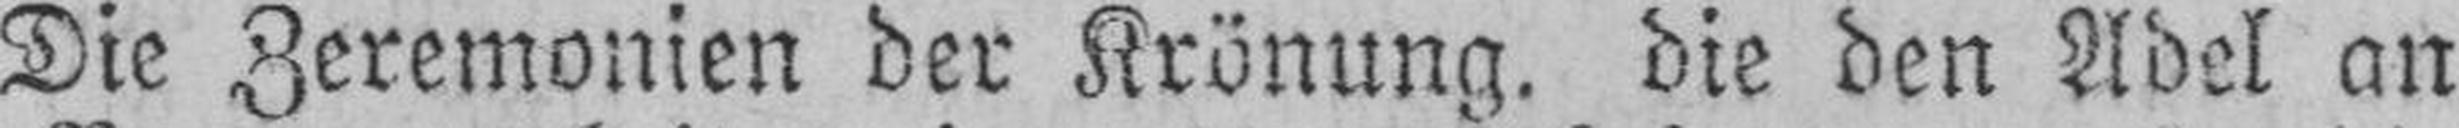
Die Zeremonien der Krönung. die den Adel an